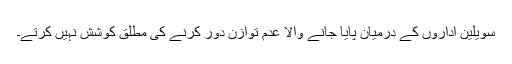
سویلین اداروں کے درمیان پایا جانے والا عدم توازن دور کرنے کی مطلق کوشش نہیں کرتے۔